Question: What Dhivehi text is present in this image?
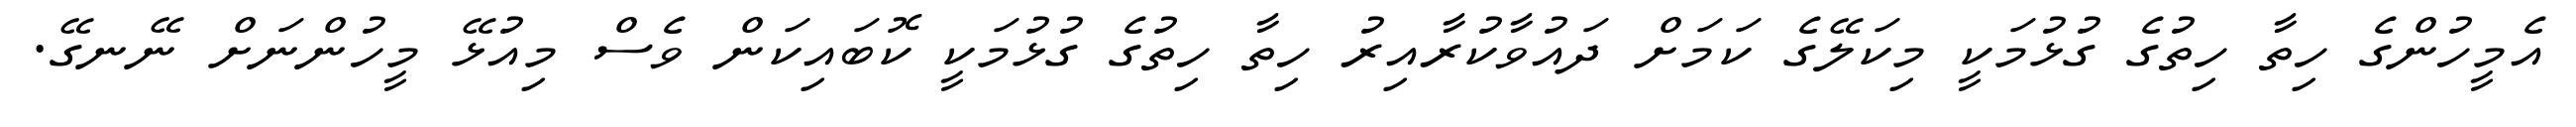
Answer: އެމީހުންގެ ހިތާ ހިތުގެ ގުޅުމަކީ މިކަލޭގެ ކަމަށް ދައުވާކުރާއިރު ހިތާ ހިތުގެ ގުޅުމަކީ ކޮބައިކަން ވެސް މިއުޅޭ މީހުންނަށް ނޭނގޭ.